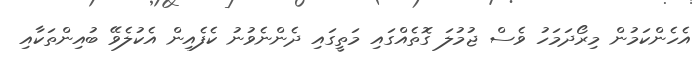
އެހެންކަމުން މިރޯދަމަހު ވެސް ޖުމުލަ ގޮތެއްގައި މަތީގައި ދެންނެވުނު ކެފެއިން އެކުލެވޭ ބުއިންތަކާއި